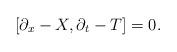
LaTeX: \begin{align*}[\partial_x-X,\partial_t-T]=0.\end{align*}